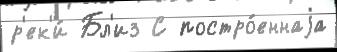
р'ек'и́ Бл'из С постро́еннаjа